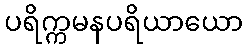
ပရိက္ကမနပရိယာယော